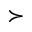
\succ